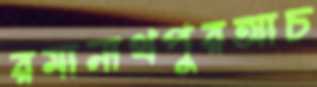
রমানাথপুরআচ